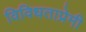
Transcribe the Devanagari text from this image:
विविधताप्रेमी